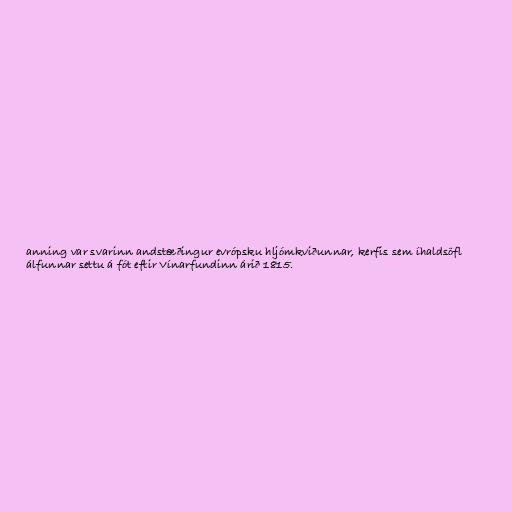
anning var svarinn andstæðingur evrópsku hljómkviðunnar, kerfis sem íhaldsöfl
álfunnar settu á fót eftir Vínarfundinn árið 1815.